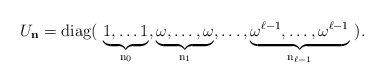
\begin{align*}U_{\bf n} = \rm{diag}(\ \underbrace{1, \ldots 1}_{n_0}, \underbrace{\omega, \ldots, \omega}_{n_1}, \ldots, \underbrace{\omega^{\ell-1}, \ldots, \omega^{\ell-1}}_{n_{\ell-1}}\ ).\end{align*}